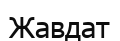
Жавдат